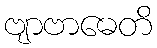
ဗျာဗာဓေတိ